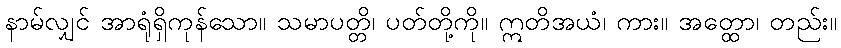
နာမ်လျှင် အာရုံရှိကုန်သော။ သမာပတ္တိ၊ ပတ်တို့ကို။ ဣတိအယံ၊ ကား။ အတ္ထော၊ တည်း။